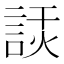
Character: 𧨗